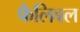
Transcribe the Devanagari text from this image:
फैलिबल